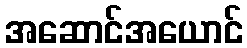
အဆောင်အယောင်